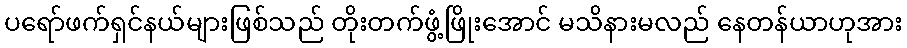
ပရော်ဖက်ရှင်နယ်များဖြစ်သည် တိုးတက်ဖွံ့ဖြိုးအောင် မသိနားမလည် နေတန်ယာဟုအား